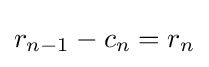
r_{n-1}-c_{n}=r_{n}